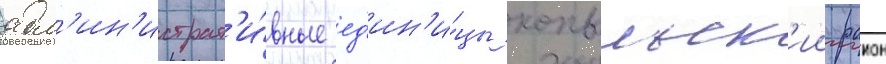
адм'ин'истрат'и́вные ед'ин'и́цы копыльск'ии раион